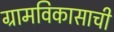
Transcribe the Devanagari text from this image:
ग्रामविकासाची